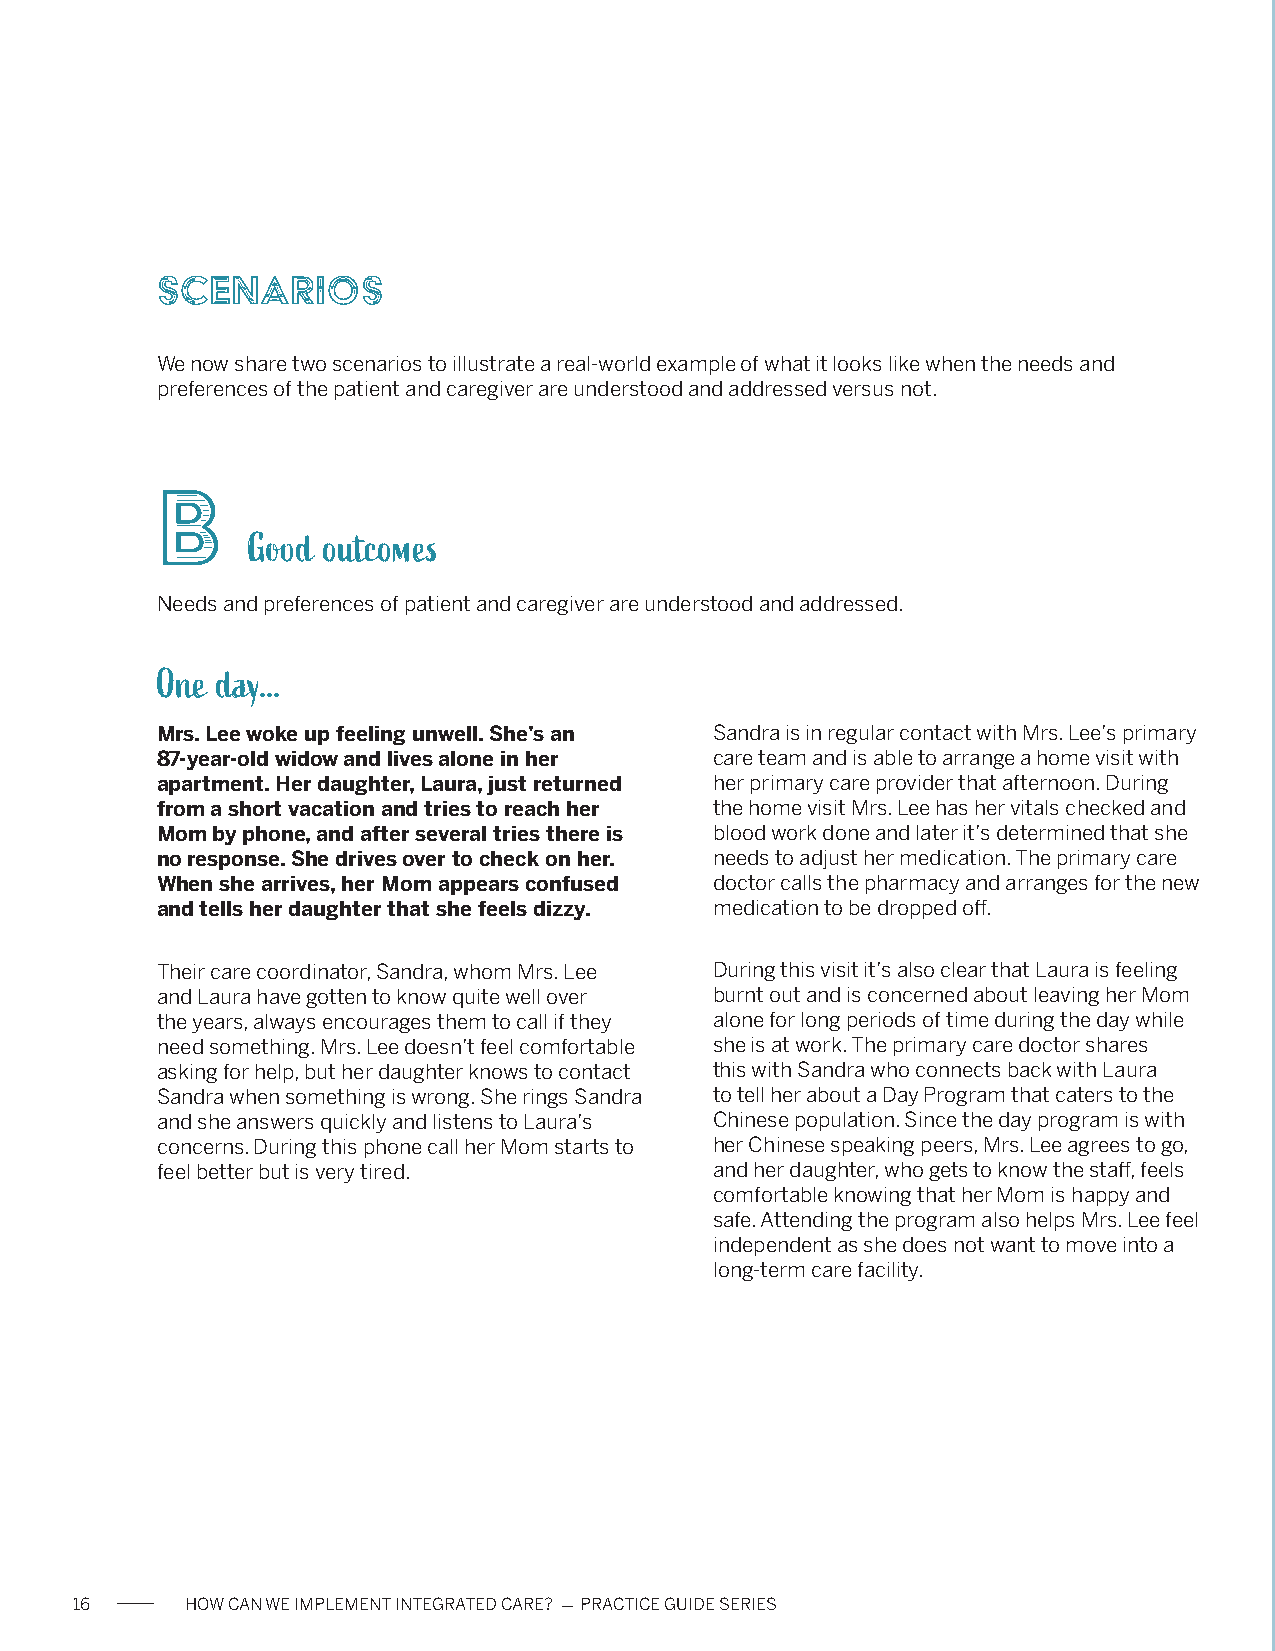
Scenarios
 We now share two scenarios to illustrate a real-world example of what it looks like when the needs and
 preferences of the patient and caregiver are understood and addressed versus not.
 B
 Good outcomes
 Needs and preferences of patient and caregiver are understood and addressed.
 One day...
 Mrs. Lee woke up feeling unwell. She’s an Sandra is in regular contact with Mrs. Lee’s primary
 87-year-old widow and lives alone in her care team and is able to arrange a home visit with
 apartment. Her daughter, Laura, just returned her primary care provider that afternoon. During
 from a short vacation and tries to reach her the home visit Mrs. Lee has her vitals checked and
 Mom by phone, and after several tries there is blood work done and later it’s determined that she
 no response. She drives over to check on her. needs to adjust her medication. The primary care
 When she arrives, her Mom appears confused doctor calls the pharmacy and arranges for the new
 and tells her daughter that she feels dizzy. medication to be dropped off.
 Their care coordinator, Sandra, whom Mrs. Lee During this visit it’s also clear that Laura is feeling
 and Laura have gotten to know quite well over burnt out and is concerned about leaving her Mom
 the years, always encourages them to call if they alone for long periods of time during the day while
 need something. Mrs. Lee doesn’t feel comfortable she is at work. The primary care doctor shares
 asking for help, but her daughter knows to contact this with Sandra who connects back with Laura
 Sandra when something is wrong. She rings Sandra to tell her about a Day Program that caters to the
 and she answers quickly and listens to Laura’s Chinese population. Since the day program is with
 concerns. During this phone call her Mom starts to her Chinese speaking peers, Mrs. Lee agrees to go,
 feel better but is very tired.       and her daughter, who gets to know the staff, feels
 comfortable knowing that her Mom is happy and
 safe. Attending the program also helps Mrs. Lee feel
 independent as she does not want to move into a
 long-term care facility.
 16     HOW CAN WE IMPLEMENT INTEGRATED CARE? - PRACTICE GUIDE SERIES